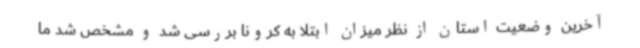
آخرین وضعیت استان از نظر میزان ابتلا به کرونا بررسی شد و مشخص شد ما